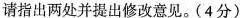
请指出两处并提出修改意见。(4分)